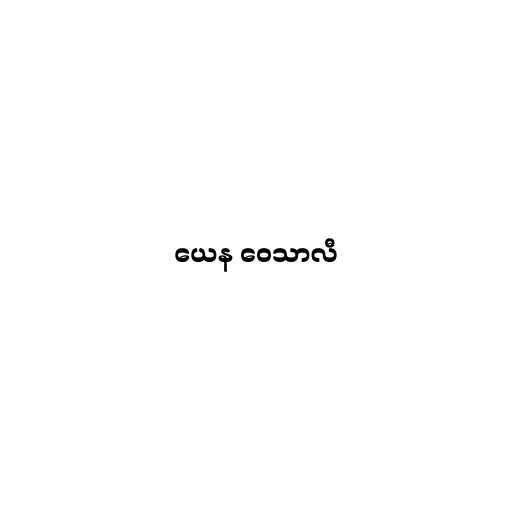
ယေန ဝေသာလီ